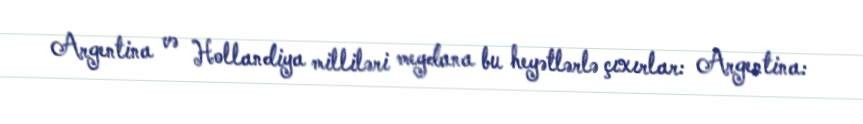
Argentina və Hollandiya milliləri meydana bu heyətlərlə çıxırlar: Argentina: